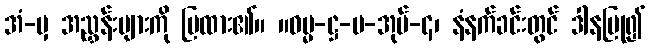
အံ-မှ အညွှန်းများကို ပြထား၏။ ။ဓမ္မ-ဋ္ဌ-ပ-အုပ်-၄၊ နံနက်ခင်းတွင် ဒါနပြု၍